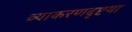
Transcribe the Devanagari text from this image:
व्याकरणदृष्टया